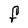
Character: F